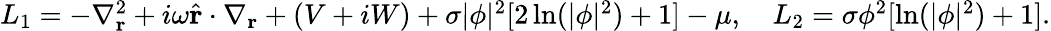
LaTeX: \begin{array}{r}{{}L_{1}=-\nabla_{\mathbf{r}}^{2}+i\omega\widehat{\mathbf{r}}\cdot\nabla_{\mathbf{r}}+(V+iW)+\sigma|\phi|^{2}[2\ln(|\phi|^{2})+1]-\mu,\quad L_{2}=\sigma\phi^{2}[\ln(|\phi|^{2})+1].}\end{array}